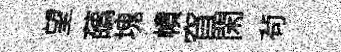
望蘤塊幘窅閑茍